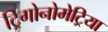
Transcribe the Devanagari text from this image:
ट्रिगोनोमेट्रिया